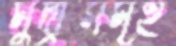
মুদ্রাসমূহ